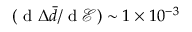
( \mathrm { ~ d ~ } \Delta \bar { d } / \mathrm { ~ d ~ } \mathcal { E } ) \sim 1 \times 1 0 ^ { - 3 }